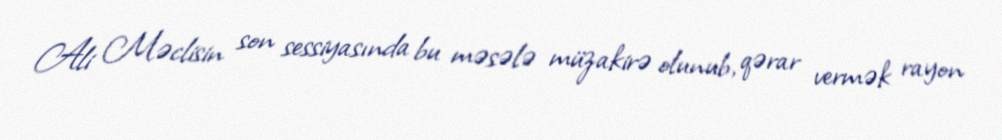
Ali Məclisin son sessiyasında bu məsələ müzakirə olunub, qərar vermək rayon